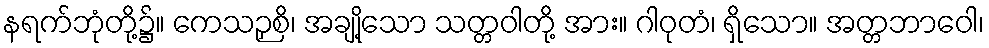
နရက်ဘုံတို့၌။ ကေသဉှစိ၊ အချို့သော သတ္တဝါတို့ အား။ ဂါဝုတံ၊ ရှိသော။ အတ္တဘာဝေါ၊